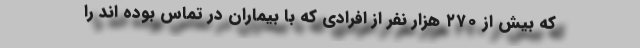
که بیش از ۲۷۰ هزار نفر از افرادی که با بیماران در تماس بوده اند را